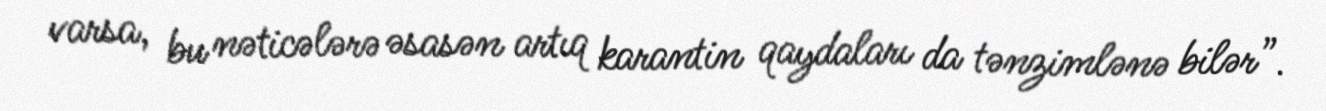
varsa, bu nəticələrə əsasən artıq karantin qaydaları da tənzimlənə bilər”.